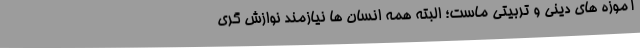
آموزه های دینی و تربیتی ماست؛ البته همه انسان ها نیازمند نوازش گری